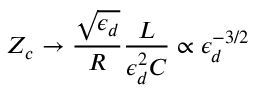
Z _ { c } \rightarrow \frac { \sqrt { \epsilon _ { d } } } { R } \frac { L } { \epsilon _ { d } ^ { 2 } C } \propto \epsilon _ { d } ^ { - 3 / 2 }